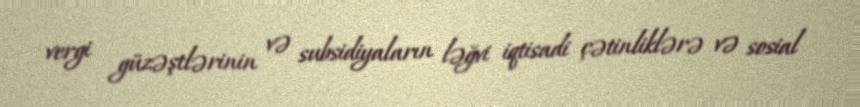
vergi güzəştlərinin və subsidiyaların ləğvi iqtisadi çətinliklərə və sosial